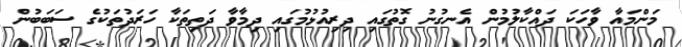
މަންމައާ ވާހަކަ ދައްކާލުމުން އެނގުނު ގޮތުގައި ދިރިއުޅުމުގައި ދިމާވާ ދަތިތަކާ ހަރަދުތަކުގެ ސަބަބުން